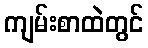
ကျမ်းစာထဲတွင်